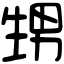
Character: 甥